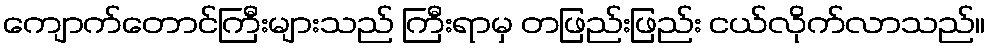
ကျောက်တောင်ကြီးများသည် ကြီးရာမှ တဖြည်းဖြည်း ငယ်လိုက်လာသည်။